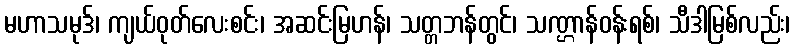
မဟာသမုဒ်၊ ကျယ်ဝုတ်လေးစင်း၊ အဆင်းမြဟန်၊ သတ္တဘန်တွင်၊ သဏ္ဌာန်ဝန်းရစ်၊ သီဒါမြစ်လည်း၊